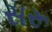
સરૂ